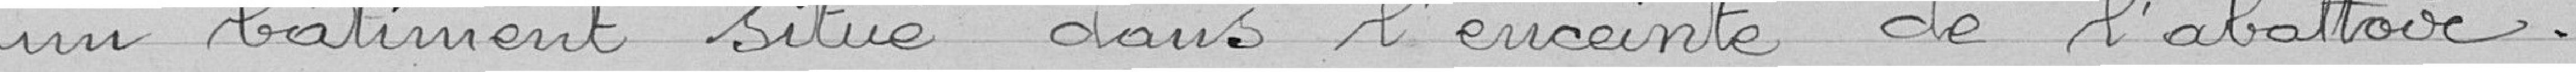
un bâtiment situé dans l'enceinte de l'abattoir.